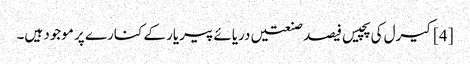
[4] کیرل کی پچیس فیصد صنعتیں دریائے پیریار کے کنارے پر موجود ہیں۔